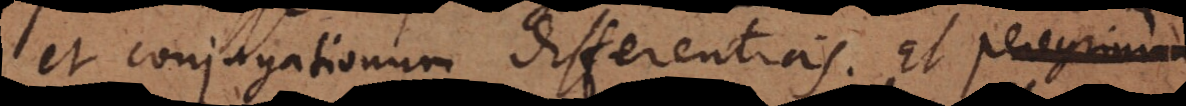
et conjugationum differentias. Et qui